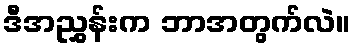
ဒီအညွှန်းက ဘာအတွက်လဲ။